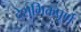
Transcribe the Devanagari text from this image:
देशभिक्तपूर्ण